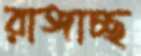
রাঙ্গাচ্ছ